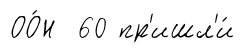
ОО́Н 60 пр'ишл'и́